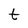
Character: t